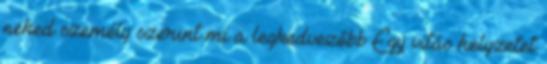
neked személy szerint mi a legkedvezőbb Egy vitás helyzetet